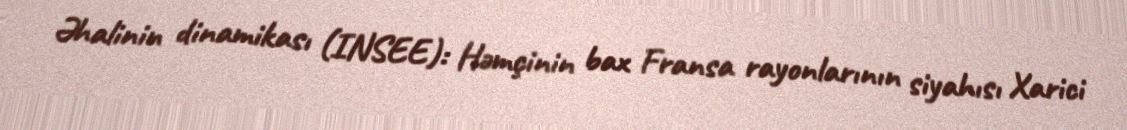
Əhalinin dinamikası (INSEE): Həmçinin bax Fransa rayonlarının siyahısı Xarici